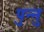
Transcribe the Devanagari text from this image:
पुन्नु